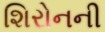
શિરોનની